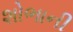
શોભાની